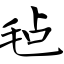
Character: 毡